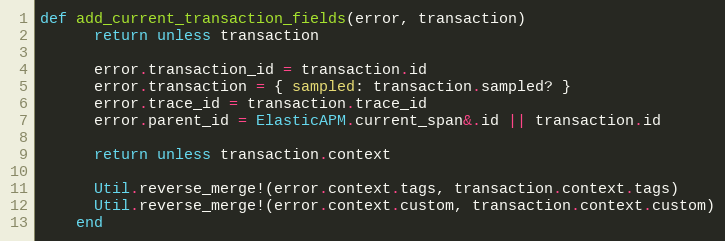
Language: Ruby
def add_current_transaction_fields(error, transaction)
      return unless transaction

      error.transaction_id = transaction.id
      error.transaction = { sampled: transaction.sampled? }
      error.trace_id = transaction.trace_id
      error.parent_id = ElasticAPM.current_span&.id || transaction.id

      return unless transaction.context

      Util.reverse_merge!(error.context.tags, transaction.context.tags)
      Util.reverse_merge!(error.context.custom, transaction.context.custom)
    end